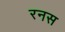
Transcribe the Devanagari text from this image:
रनस